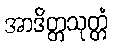
အာဒိတ္တသုတ္တံ